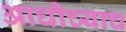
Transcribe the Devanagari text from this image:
आधीच्याच